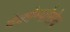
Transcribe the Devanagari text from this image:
देकोम्पोसेद